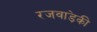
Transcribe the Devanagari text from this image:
रजवाड़ेकी